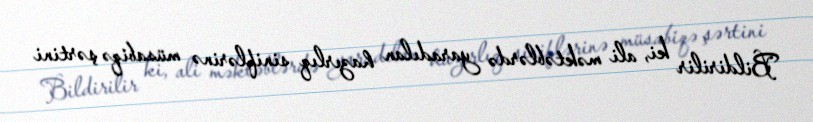
Bildirilir ki, ali məktəblərdə yaradılan hazırlıq siniflərinə müsabiqə şərtini